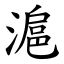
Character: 滬